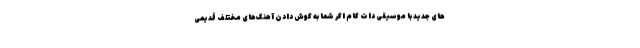
های جدید با موسیقی دات کام اگر شما به گوش دادن آهنگ‌های مختلف قدیمی